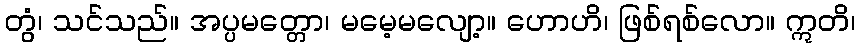
တွံ၊ သင်သည်။ အပ္ပမတ္တော၊ မမေ့မလျော့။ ဟောဟိ၊ ဖြစ်ရစ်လော။ ဣတိ၊